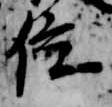
位